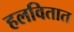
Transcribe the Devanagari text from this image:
हलवितात